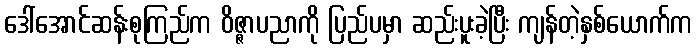
ဒေါ်အောင်ဆန်းစုကြည်က ဝိဇ္ဇာပညာကို ပြည်ပမှာ ဆည်းပူးခဲ့ပြီး ကျန်တဲ့နှစ်ယောက်က